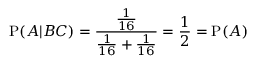
\mathrm { P } ( A | B C ) = { \frac { \frac { 1 } { 1 6 } } { { \frac { 1 } { 1 6 } } + { \frac { 1 } { 1 6 } } } } = { \frac { 1 } { 2 } } = \mathrm { P } ( A )